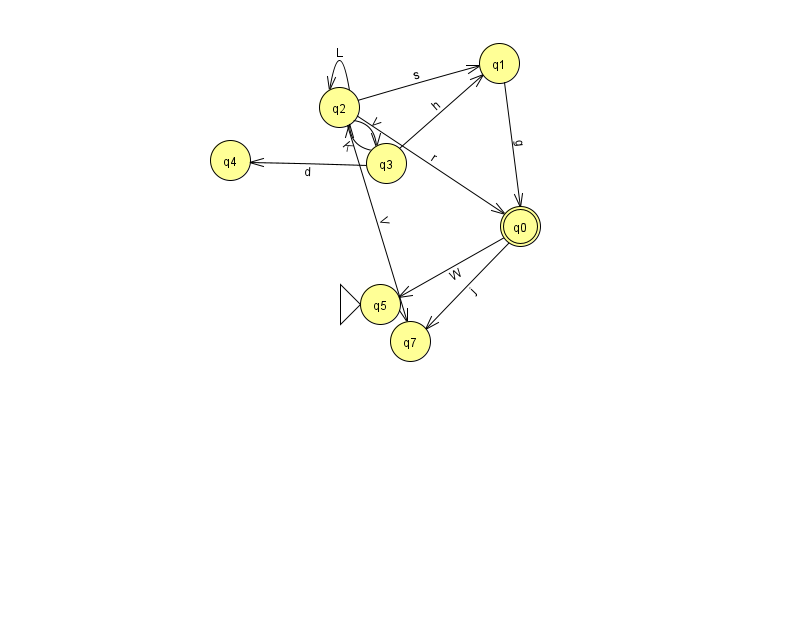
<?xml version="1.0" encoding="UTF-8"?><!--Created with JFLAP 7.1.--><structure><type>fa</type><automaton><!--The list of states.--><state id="0" name="q0"><x>520.0</x><y>213.0</y><final/></state><state id="1" name="q1"><x>499.0</x><y>50.0</y></state><state id="2" name="q2"><x>339.0</x><y>94.0</y></state><state id="3" name="q3"><x>386.0</x><y>150.0</y></state><state id="4" name="q4"><x>230.0</x><y>147.0</y></state><state id="5" name="q5"><x>380.0</x><y>291.0</y><initial/></state><state id="7" name="q7"><x>410.0</x><y>328.0</y></state><!--The list of transitions.--><transition><from>0</from><to>5</to><read>W</read></transition><transition><from>1</from><to>0</to><read>g</read></transition><transition><from>3</from><to>2</to><read>K</read></transition><transition><from>2</from><to>3</to><read>V</read></transition><transition><from>3</from><to>1</to><read>h</read></transition><transition><from>0</from><to>7</to><read>j</read></transition><transition><from>2</from><to>0</to><read>r</read></transition><transition><from>2</from><to>2</to><read>L</read></transition><transition><from>2</from><to>1</to><read>s</read></transition><transition><from>2</from><to>7</to><read>V</read></transition><transition><from>3</from><to>4</to><read>d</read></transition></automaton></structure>